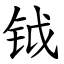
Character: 钺